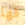
فها